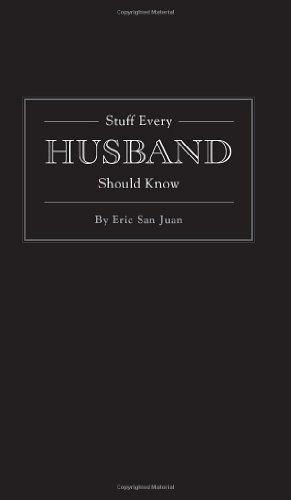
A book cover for Stuff Every Husband Should Know (Pocket Companions); Eric San Juan; Reference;